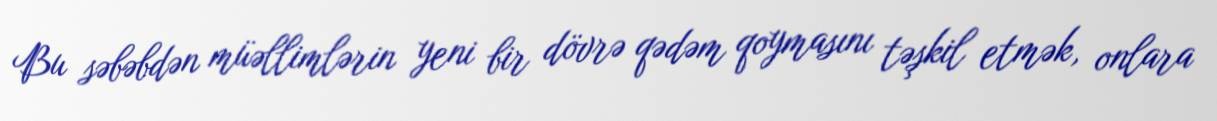
Bu səbəbdən müəllimlərin yeni bir dövrə qədəm qoymasını təşkil etmək, onlara